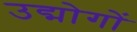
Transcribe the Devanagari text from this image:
उद्मोगों